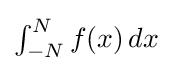
{\textstyle \int _{-N}^{N}f(x)\,dx}